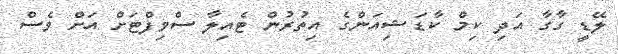
ލޭޑީ ގާގާ އަދި ކިމް ކާޑަޝިއަންގެ އިތުރުން ޓެއިލާ ސްވިފްޓަށް އަށް ވެސް